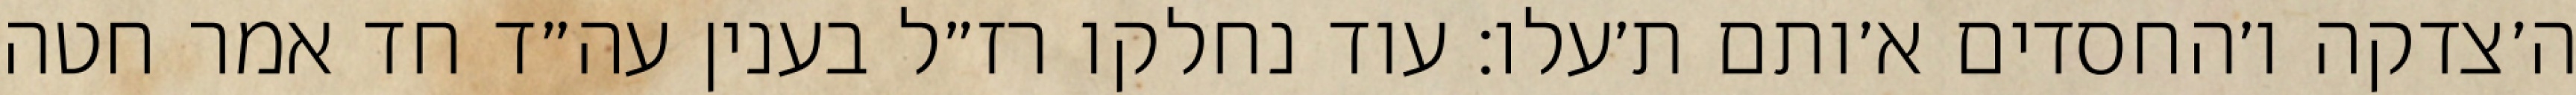
ה׳צדקה ו׳החסדים א׳ותם ת׳עלו: עוד נחלקו רז״ל בענין עה״ד חד אמר חטה